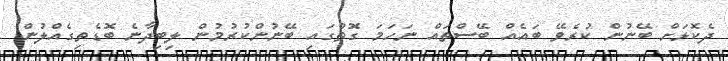
ދެކޮޅަށް ބޭނުން ކުރެވޭ ބައެއް ބޭސްތައް ނަހަމަ ގޮތުގައި ބޭނުންކުރުމުން ލިބިދާނެ ބޮޑެތިގެއްލުން